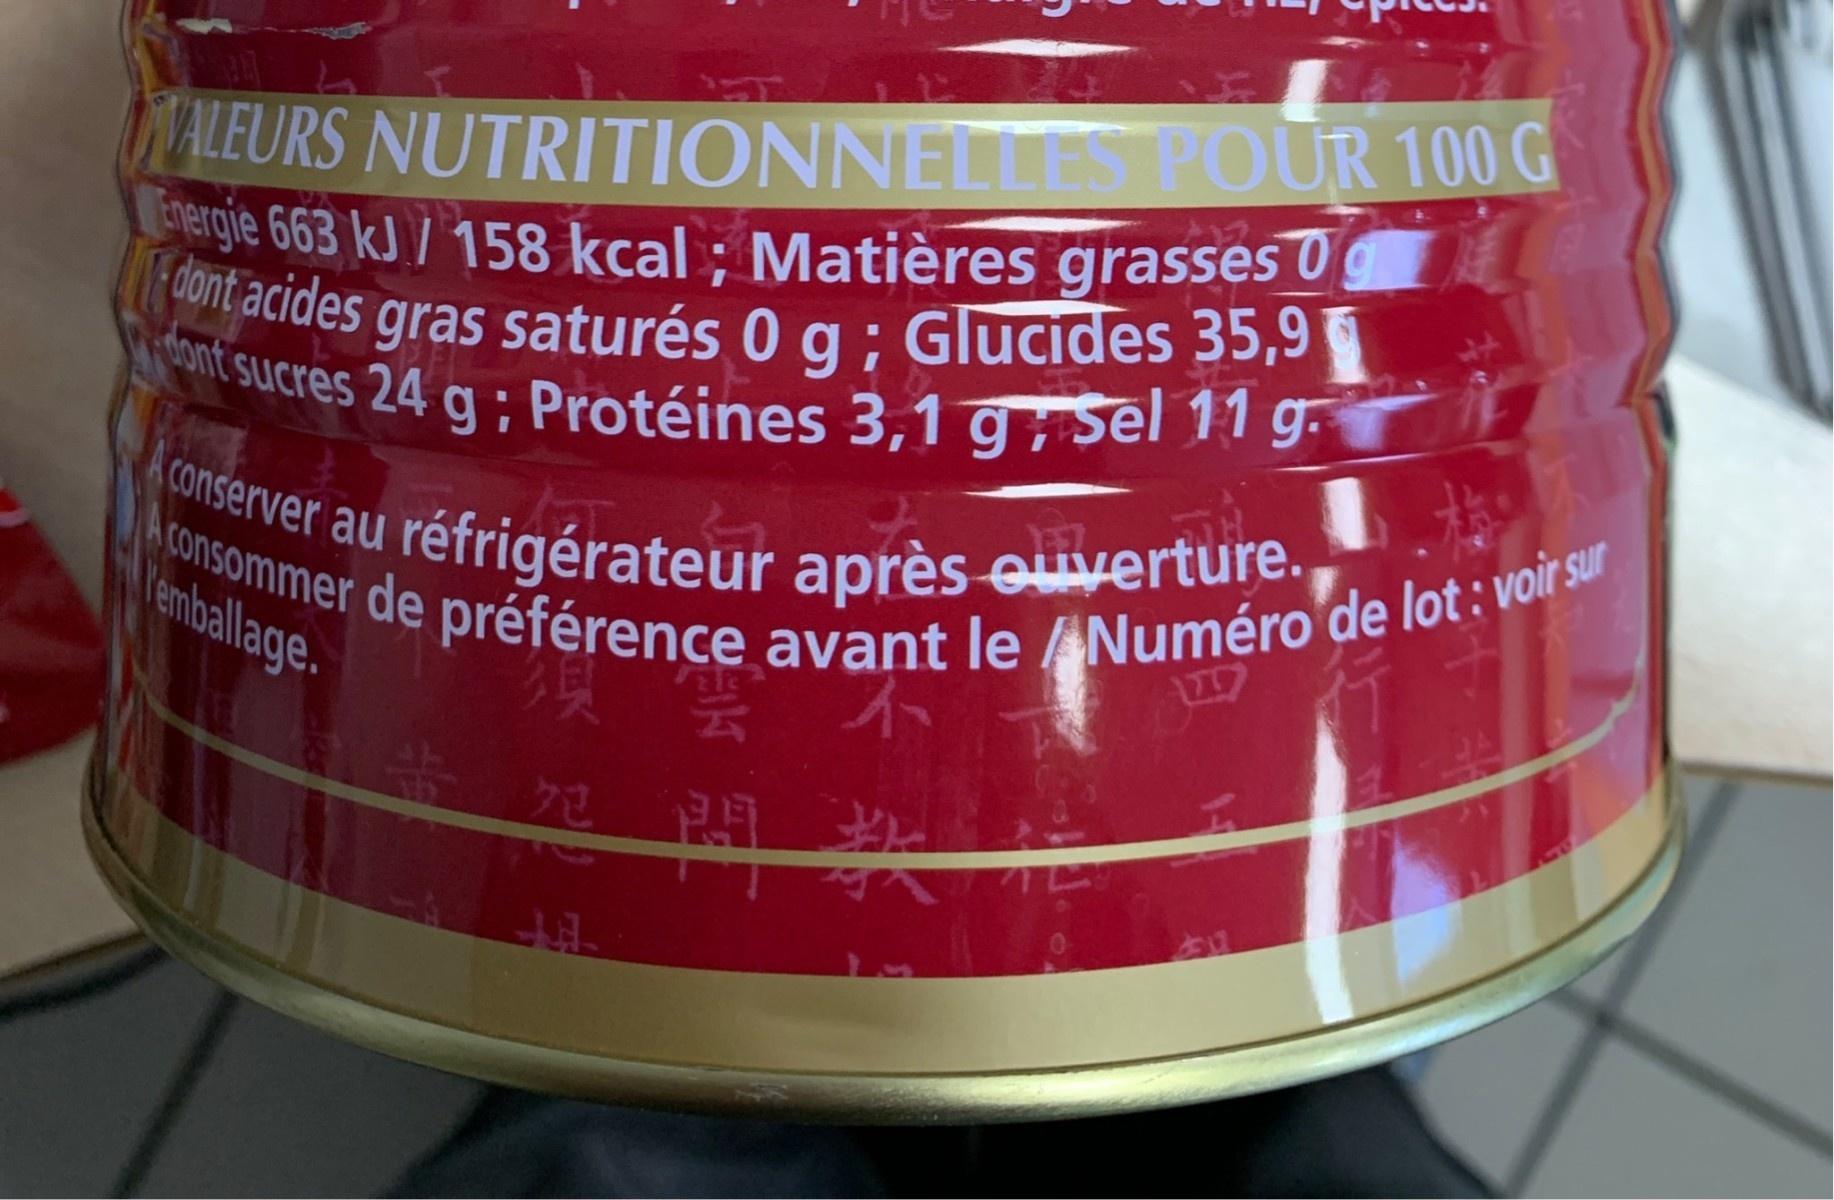
NALEURS NUTRITIONNELLES POUR 100 G rtergie 663 kJ/ 158 kcal ; Matières grasses 0 Fdont acides gras saturés 0 g; Glucides 35,9 nit sucres 24 g : Protéines 3,1 g ; sel 11 g- au réfrigérateur après euverture. emballage. Aconsommer de préférence avant le Numéro de lot : voir sur 1707 4e